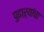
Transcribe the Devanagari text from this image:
पुढाऱ्यांचा